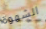
الشهوة